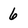
Character: 6